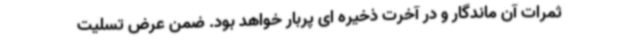
ثمرات آن ماندگار و در آخرت ذخیره ای پربار خواهد بود. ضمن عرض تسلیت